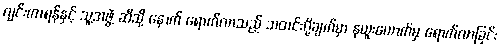
ဂျင်းကာရန်နှင့် သူ့အဖွဲ့ ဆီသို့ နောက် ရောက်လာသည့် သတင်းပို့ချက်မှာ နယူးယောက်မှ ရောက်လာခြင်း